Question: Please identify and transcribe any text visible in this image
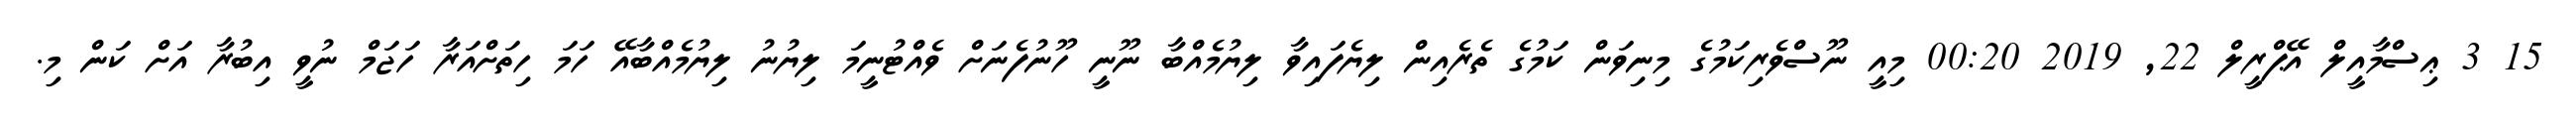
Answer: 15 3 ޢިސްމާއީލް އޭޕްރީލް 22, 2019 00:20 މިއީ ނޫސްވެރިކަމުގެ މިނިވަން ކަމުގެ ތެރެއިން ލިޔެފައިވާ ލިޔުމެއްބާ ނޫނީ ހޫނުފެނަށް ވެއްޓުނީމަ ލިޔުނު ލިޔުމެއްބާއޭ ހަމަ ހިތަށްއަރާ ހަޖަމް ނުވީ އިބުރާ އަށް ކަން މި.